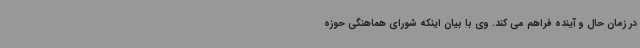
در زمان حال و آینده فراهم می کند. وی با بیان اینکه شورای هماهنگی حوزه